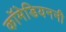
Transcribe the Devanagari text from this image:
कॉमेडियननी